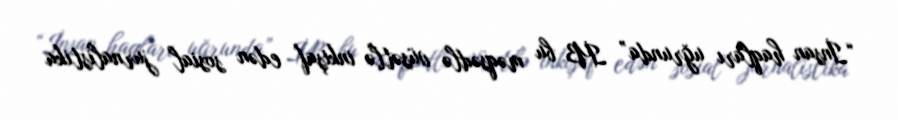
“İnsan haqları uğrunda” İB bu məqsədlə vüsətlə inkişaf edən sosial jurnalistika